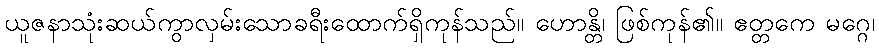
ယူဇနာသုံးဆယ်ကွာလှမ်းသောခရီးထောက်ရှိကုန်သည်။ ဟောန္တိ၊ ဖြစ်ကုန်၏။ ဧတ္တကေ မဂ္ဂေ၊